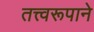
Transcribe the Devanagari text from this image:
तत्त्वरूपाने